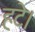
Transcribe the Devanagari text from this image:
हटे।